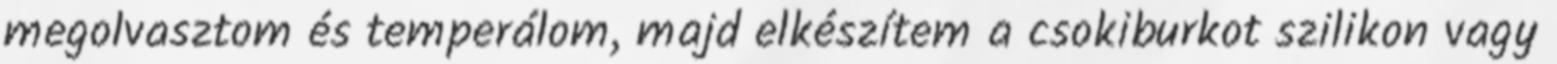
megolvasztom és temperálom, majd elkészítem a csokiburkot szilikon vagy